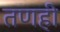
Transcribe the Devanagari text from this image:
तणही